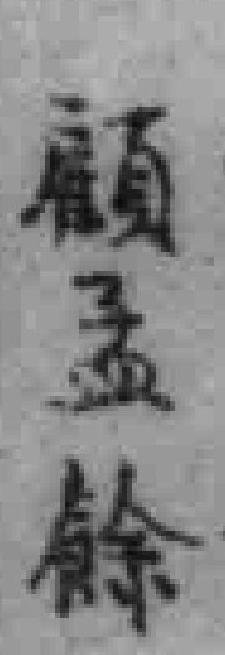
顧孟餘